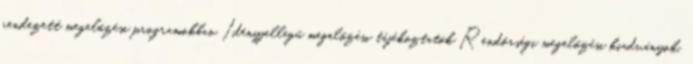
rendezett megelőzési programokban Idényjellegű megelőzési tájékoztatók Rendőrségi megelőzési kiadványok,